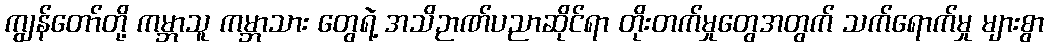
ကျွန်တော်တို့ ကမ္ဘာသူ ကမ္ဘာသား တွေရဲ့ အသိဉာဏ်ပညာဆိုင်ရာ တိုးတက်မှုတွေအတွက် သက်ရောက်မှု များစွာ